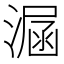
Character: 𣼇